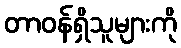
တာဝန်ရှိသူများကို